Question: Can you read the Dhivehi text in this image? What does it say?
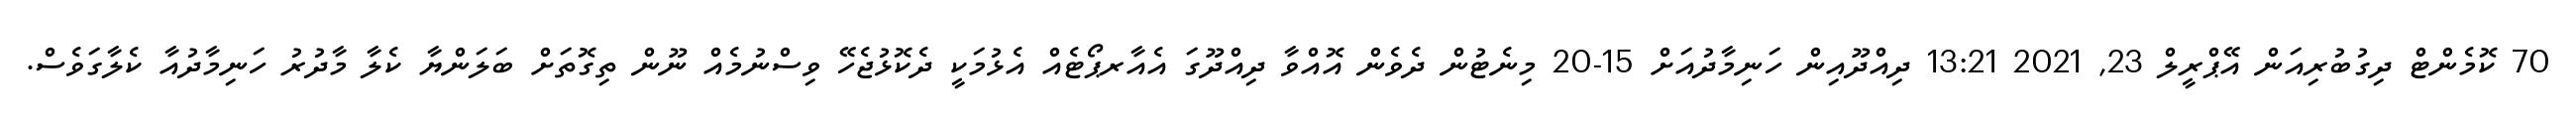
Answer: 70 ކޮމެންޓް ދިގުބުރިއަން އޭޕްރީލް 23, 2021 13:21 ދިއްދޫއިން ހަނިމާދުއަށް 15-20 މިނެޓުން ދެވެން އޮއްވާ ދިއްދޫގަ އެއާރޕޯޓެއް އެޅުމަކީ ދެކޮޅުޖެހޭ ވިސްނުމެއް ނޫން ތިގޮތަށް ބަލަންޔާ ކެލާ މާދުރު ހަނިމާދުއާ ކެލާގަވެސް.